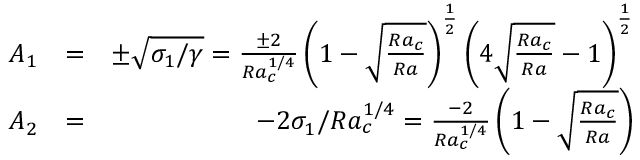
\begin{array} { r l r } { A _ { 1 } } & { = } & { \pm \sqrt { \sigma _ { 1 } / \gamma } = \frac { \pm 2 } { R a _ { c } ^ { 1 / 4 } } \left( 1 - \sqrt { \frac { R a _ { c } } { R a } } \right) ^ { \frac { 1 } { 2 } } \left( 4 \sqrt { \frac { R a _ { c } } { R a } } - 1 \right) ^ { \frac { 1 } { 2 } } } \\ { A _ { 2 } } & { = } & { - 2 \sigma _ { 1 } / R a _ { c } ^ { 1 / 4 } = \frac { - 2 } { R a _ { c } ^ { 1 / 4 } } \left( 1 - \sqrt { \frac { R a _ { c } } { R a } } \right) } \end{array}